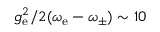
g _ { \mathrm { e } } ^ { 2 } / 2 ( \omega _ { \mathrm { e } } - \omega _ { \pm } ) \sim 1 0